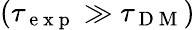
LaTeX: \left(\tau_{\mathrm{~e~x~p~}}\gg\tau_{\mathrm{~D~M~}}\right)